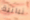
نباتية